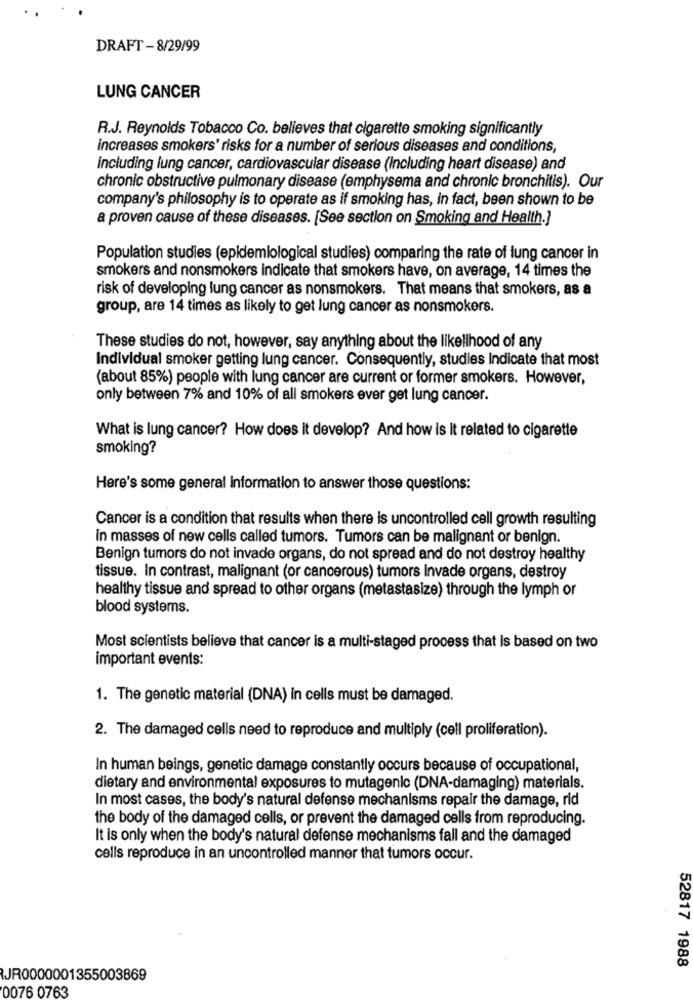
DRAFT-8/29/99
LUNG CANCER
R.J. Reynolds Tobacco Co. believes that cigarette smoking significantly
increases smokers' risks for a number of serious diseases and conditions,
including lung cancer, cardiovascular disease (Including heart disease) and
chronic obstructive pulmonary disease (emphysema and chronic bronchitis). Our
company's philosophy is to operate as if smoking has, in fact, been shown to be
a proven cause of these diseases. [See section on Smoking and Health.]
Population studies (epidemiological studies) comparing the rate of lung cancer in
smokers and nonsmokers indicate that smokers have, on average, 14 times the
risk of developing lung cancer as nonsmokers. That means that smokers, as a
group, are 14 times as likely to get lung cancer as nonsmokers.
These studies do not, however, say anything about the likelihood of any
Individual smoker getting lung cancer. Consequently, studies Indicate that most
(about 85%) people with lung cancer are current or former smokers. However,
only between 7% and 10% of all smokers ever get lung cancer.
What is lung cancer? How does it develop? And how is It related to cigarette
smoking?
Here's some general information to answer those questions:
Cancer is a condition that results when there is uncontrolled cell growth resulting
in masses of new cells called tumors. Tumors can be malignant or benign.
Benign tumors do not invade organs, do not spread and do not destroy healthy
tissue. In contrast, malignant (or cancerous) tumors Invade organs, destroy
healthy tissue and spread to other organs (metastasize) through the lymph or
blood systems.
Most scientists believe that cancer is a multi-staged process that is based on two
important events:
1. The genetic material (DNA) in cells must be damaged.
2. The damaged cells need to reproduce and multiply (cell proliferation).
In human beings, genetic damage constantly occurs because of occupational,
dietary and environmental exposures to mutagenic (DNA-damaging) materials.
In most cases, the body's natural defense mechanisms repair the damage, rid
the body of the damaged cells, or prevent the damaged cells from reproducing.
It is only when the body's natural defense mechanisms fall and the damaged
cells reproduce in an uncontrolled manner that tumors occur.
52817 1988
JR0000001355003869
0076 0763